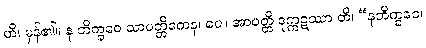
ဟိ၊ မှန်၏။ န ဘိက္ခဝေ သာပတ္တိကေန၊ ပေ။ အာပတ္တိ ဒုက္ကဋဿာ တိ၊ “နဘိက္ခဝေ၊